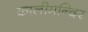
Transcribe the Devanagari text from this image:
कालीमन्दिर